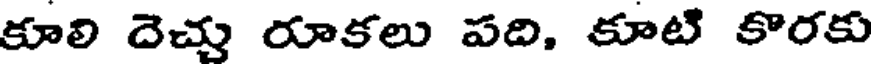
కూలి దెచ్చు రూకలు పది, కూటి కొరకు